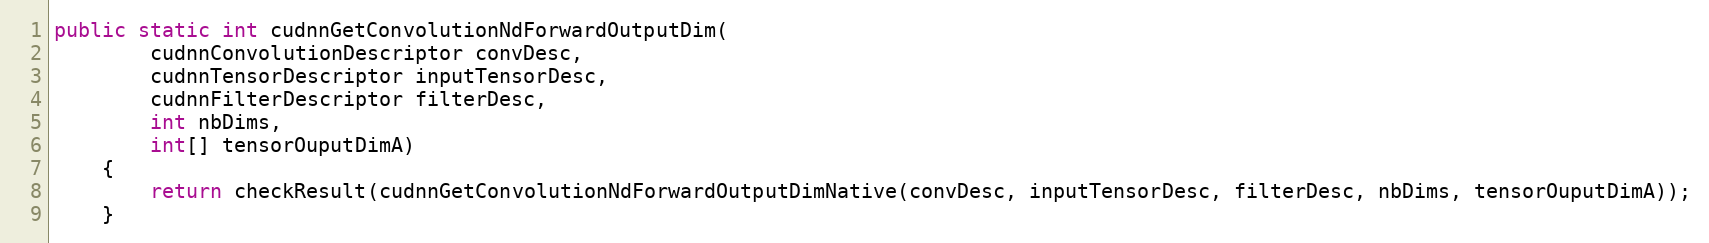
Language: Java
public static int cudnnGetConvolutionNdForwardOutputDim(
        cudnnConvolutionDescriptor convDesc,
        cudnnTensorDescriptor inputTensorDesc,
        cudnnFilterDescriptor filterDesc,
        int nbDims,
        int[] tensorOuputDimA)
    {
        return checkResult(cudnnGetConvolutionNdForwardOutputDimNative(convDesc, inputTensorDesc, filterDesc, nbDims, tensorOuputDimA));
    }